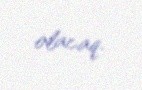
olacaq.